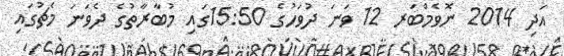
އަދި 2014 ނޮވެމްބަރ 12 ވަނަ ދުވަހުގެ 15:50ގައި މުބާރާތުގެ ދެވަނަ މެޗުގައި